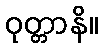
ဝုတ္တာနိ။